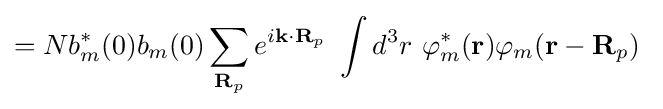
=Nb_{m}^{*}(0)b_{m}(0)\sum _{\mathbf {R} _{p}}e^{i\mathbf {k} \cdot \mathbf {R} _{p}}\ \int d^{3}r\ \varphi _{m}^{*}(\mathbf {r} )\varphi _{m}(\mathbf {r} -\mathbf {R} _{p})\